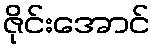
ဇိုင်းအောင်